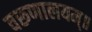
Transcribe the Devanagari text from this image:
वरूणालयम्॥